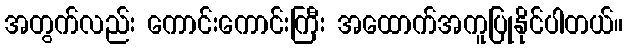
အတွက်လည်း ကောင်းကောင်းကြီး အထောက်အကူပြုနိုင်ပါတယ်။